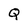
Character: Q